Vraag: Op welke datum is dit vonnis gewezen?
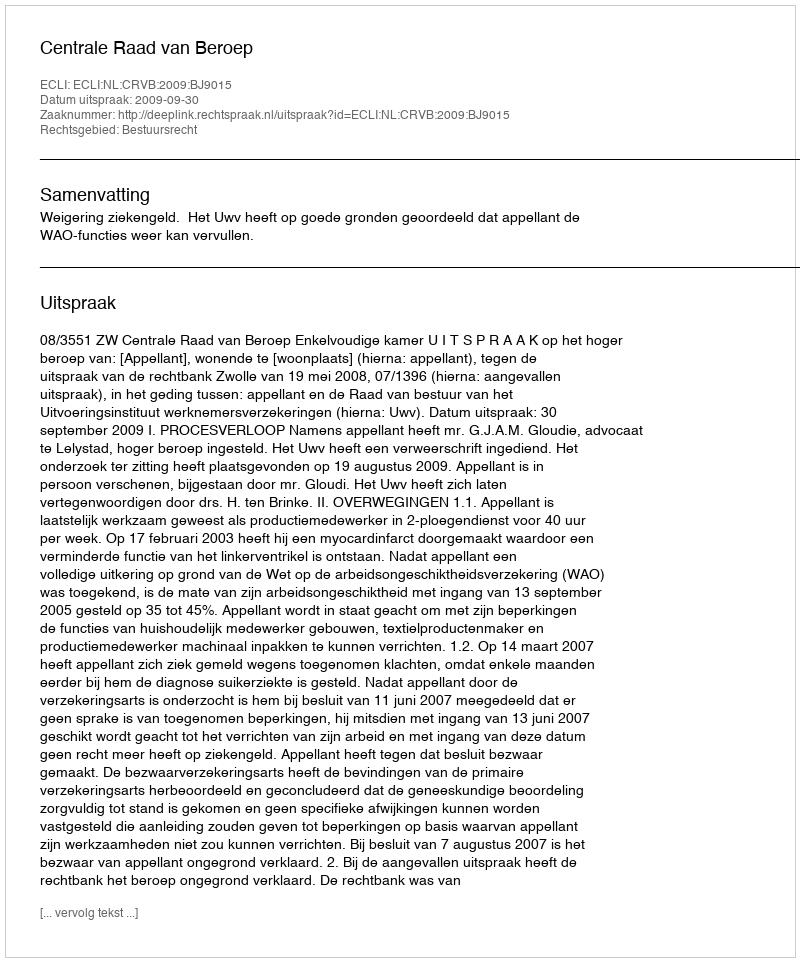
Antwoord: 2009-09-30